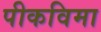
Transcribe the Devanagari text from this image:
पीकविमा